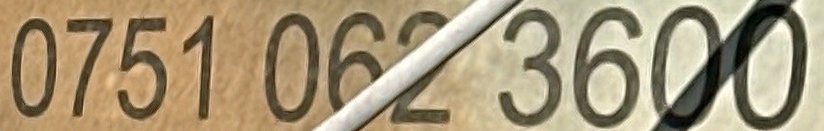
0751 062 3600